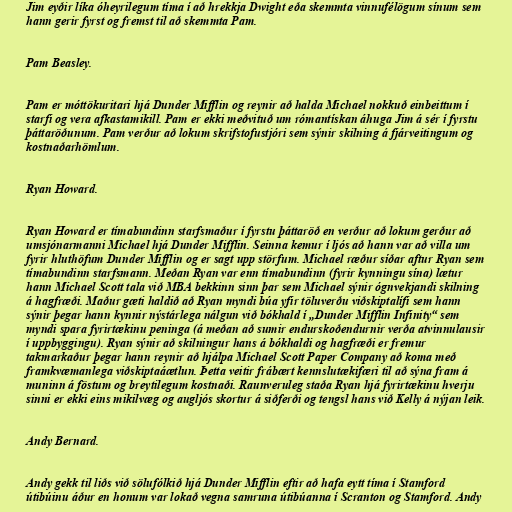
Jim eyðir líka óheyrilegum tíma í að hrekkja Dwight eða skemmta vinnufélögum sínum sem
hann gerir fyrst og fremst til að skemmta Pam.

Pam Beasley.

Pam er móttökuritari hjá Dunder Mifflin og reynir að halda Michael nokkuð einbeittum í
starfi og vera afkastamikill. Pam er ekki meðvituð um rómantískan áhuga Jim á sér í fyrstu
þáttaröðunum. Pam verður að lokum skrifstofustjóri sem sýnir skilning á fjárveitingum og
kostnaðarhömlum.

Ryan Howard.

Ryan Howard er tímabundinn starfsmaður í fyrstu þáttaröð en verður að lokum gerður að
umsjónarmanni Michael hjá Dunder Mifflin. Seinna kemur í ljós að hann var að villa um
fyrir hluthöfum Dunder Mifflin og er sagt upp störfum. Michael ræður síðar aftur Ryan sem
tímabundinn starfsmann. Meðan Ryan var enn tímabundinn (fyrir kynningu sína) lætur
hann Michael Scott tala við MBA bekkinn sinn þar sem Michael sýnir ógnvekjandi skilning
á hagfræði. Maður gæti haldið að Ryan myndi búa yfir töluverðu viðskiptalífi sem hann
sýnir þegar hann kynnir nýstárlega nálgun við bókhald í „Dunder Mifflin Infinity“ sem
myndi spara fyrirtækinu peninga (á meðan að sumir endurskoðendurnir verða atvinnulausir
í uppbyggingu). Ryan sýnir að skilningur hans á bókhaldi og hagfræði er fremur
takmarkaður þegar hann reynir að hjálpa Michael Scott Paper Company að koma með
framkvæmanlega viðskiptaáætlun. Þetta veitir frábært kennslutækifæri til að sýna fram á
muninn á föstum og breytilegum kostnaði. Raunveruleg staða Ryan hjá fyrirtækinu hverju
sinni er ekki eins mikilvæg og augljós skortur á siðferði og tengsl hans við Kelly á nýjan leik.

Andy Bernard.

Andy gekk til liðs við sölufólkið hjá Dunder Mifflin eftir að hafa eytt tíma í Stamford
útibúinu áður en honum var lokað vegna samruna útibúanna í Scranton og Stamford. Andy